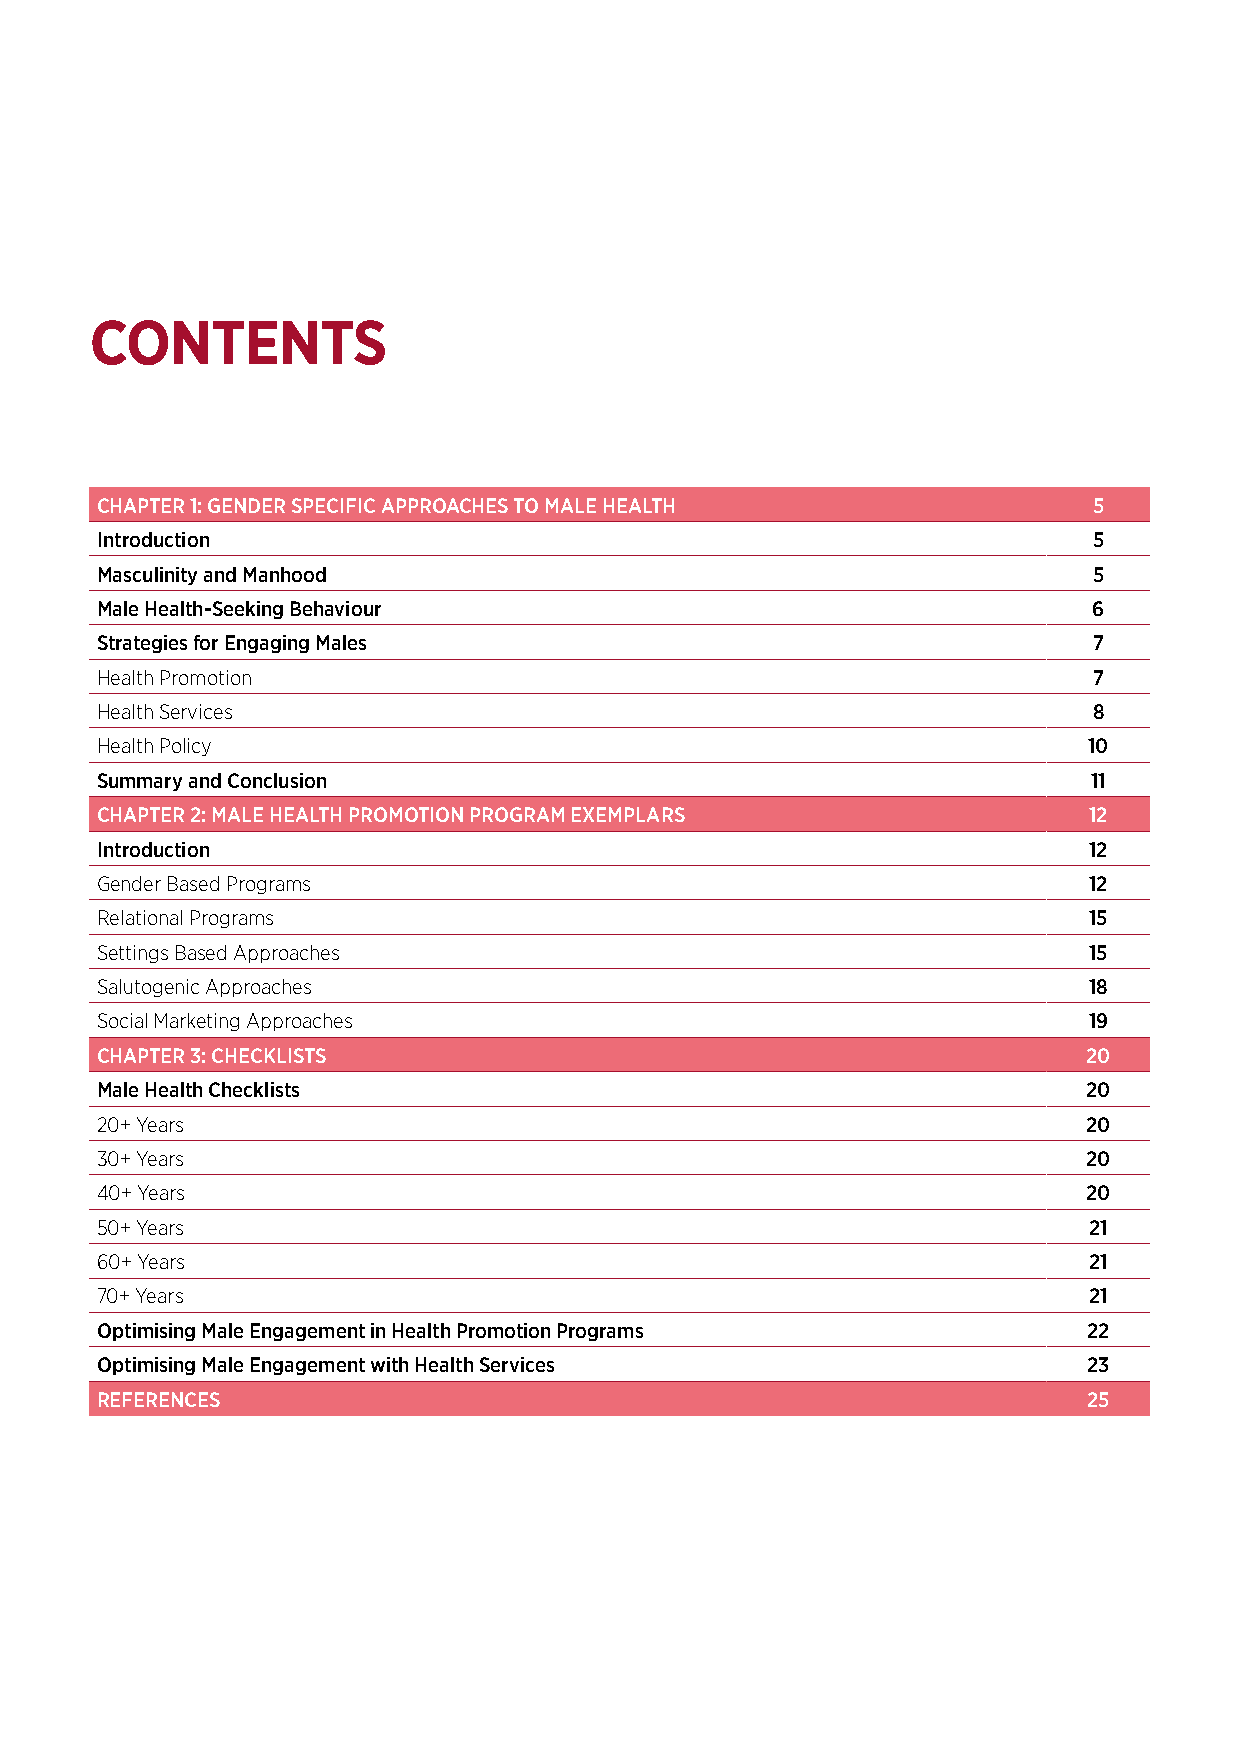
CONTENTS
 CHAPTER 1: GENDER SPECIFIC APPROACHES TO MALE HEALTH              5
 Introduction                                                      5
 Masculinity and Manhood                                           5
 Male Health-Seeking Behaviour                                     6
 Strategies for Engaging Males                                     7
 Health Promotion                                                  7
 Health Services                                                   8
 Health Policy                                                     10
 Summary and Conclusion                                            11
 CHAPTER 2: MALE HEALTH PROMOTION PROGRAM EXEMPLARS                12
 Introduction                                                      12
 Gender Based Programs                                             12
 Relational Programs                                               15
 Settings Based Approaches                                         15
 Salutogenic Approaches                                            18
 Social Marketing Approaches                                       19
 CHAPTER 3: CHECKLISTS                                             20
 Male Health Checklists                                            20
 20+ Years                                                         20
 30+ Years                                                         20
 40+ Years                                                         20
 50+ Years                                                         21
 60+ Years                                                         21
 70+ Years                                                         21
 Optimising Male Engagement in Health Promotion Programs           22
 Optimising Male Engagement with Health Services                   23
 REFERENCES                                                        25